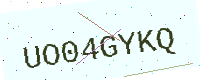
Text: UO04GYKQ